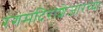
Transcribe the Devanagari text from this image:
रंगमंदिराशेजारच्या